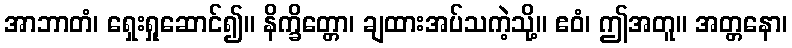
အာဘာတံ၊ ရှေးရှုဆောင်၍။ နိက္ခိတ္တော၊ ချထားအပ်သကဲ့သို့။ ဧဝံ၊ ဤအတူ။ အတ္တနော၊